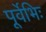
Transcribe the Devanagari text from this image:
पूर्वेभिः